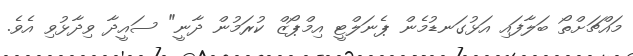
މައްޗަށްތޯ ބަލާފައި އަޅުގަނޑުމެން ޕެނަލްޓީ އިމްޕޯޒް ކުރަމުން ދާނީ" ސައީދާ ވިދާޅުވި އެވެ.